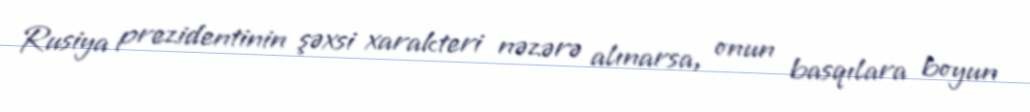
Rusiya prezidentinin şəxsi xarakteri nəzərə alınarsa, onun basqılara boyun